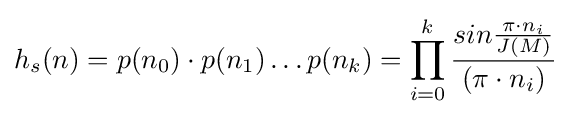
h_{s}(n)=p(n_{0})\cdot p(n_{1})\dots p(n_{k})=\prod _{i=0}^{k}{\frac {sin{\frac {\pi \cdot n_{i}}{J(M)}}}{(\pi \cdot n_{i})}}